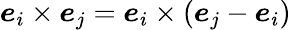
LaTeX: \boldsymbol{e}_{i}\times\boldsymbol{e}_{j}=\boldsymbol{e}_{i}\times(\boldsymbol{e}_{j}-\boldsymbol{e}_{i})